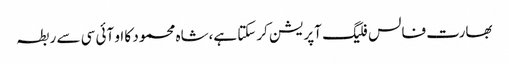
بھارت فالس فلیگ آپریشن کرسکتا ہے،شاہ محمود کا او آئی سی سے ربطہ